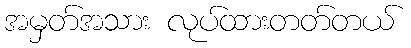
အမှတ်အသား လုပ်ထားတတ်တယ်